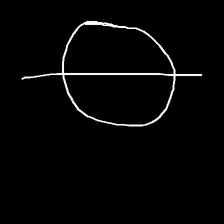
Glyph: orb